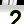
Digit: 2